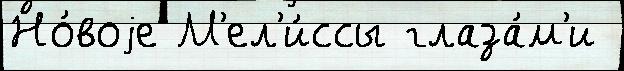
Но́воjе М'ел'и́ссы глаза́м'и